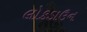
લોકડાઉન